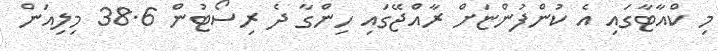
މި ކްއާޓާގައި އެ ކުންފުންޏަށް ރާއްޖޭގައި ހިންގާ ދެ ރިސޯޓުން 38.6 މިލިއަން